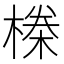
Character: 𬄆